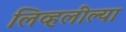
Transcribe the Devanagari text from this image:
लिव्हलील्या